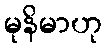
မုနိမာဟု